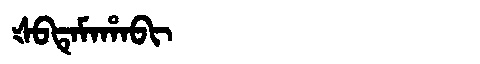
Manchu: ᡧᠪᡨᡝᠮᠠᡥᠠᠪᡳ
Romanization: ŠBTEMAHABI